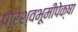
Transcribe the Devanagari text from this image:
पार्श्वभूमीपेक्षा